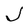
Character: J